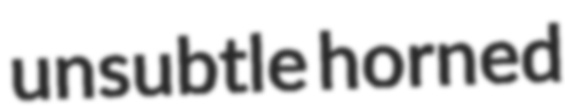
unsubtle horned